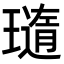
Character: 𤩼